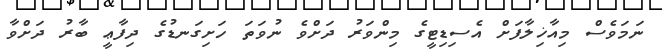
ނަމަވެސް މިއާޚިލާފަށް އެސިޑިޓީގެ މިންވަރު ދަށްވެ ނުވަތަ ހަށިގަނޑުގެ ދިފާޢީ ބާރު ދަށްވާ